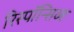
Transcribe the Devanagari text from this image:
रिस्पॉन्सिव्ह